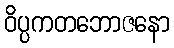
ဝိပ္ပကတဘောဇနော